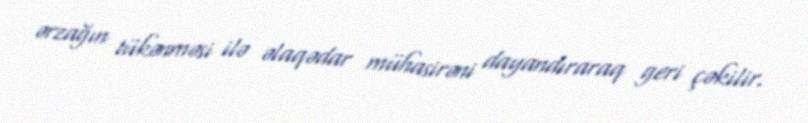
ərzağın tükənməsi ilə əlaqədar mühasirəni dayandıraraq geri çəkilir.